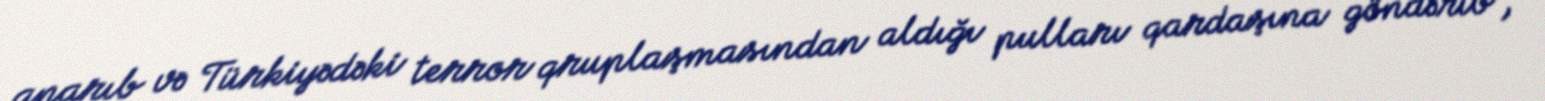
aparıb və Türkiyədəki terror qruplaşmasından aldığı pulları qardaşına göndərib”,